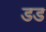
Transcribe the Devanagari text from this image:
डड